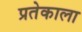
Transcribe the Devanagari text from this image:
प्रतेकाला